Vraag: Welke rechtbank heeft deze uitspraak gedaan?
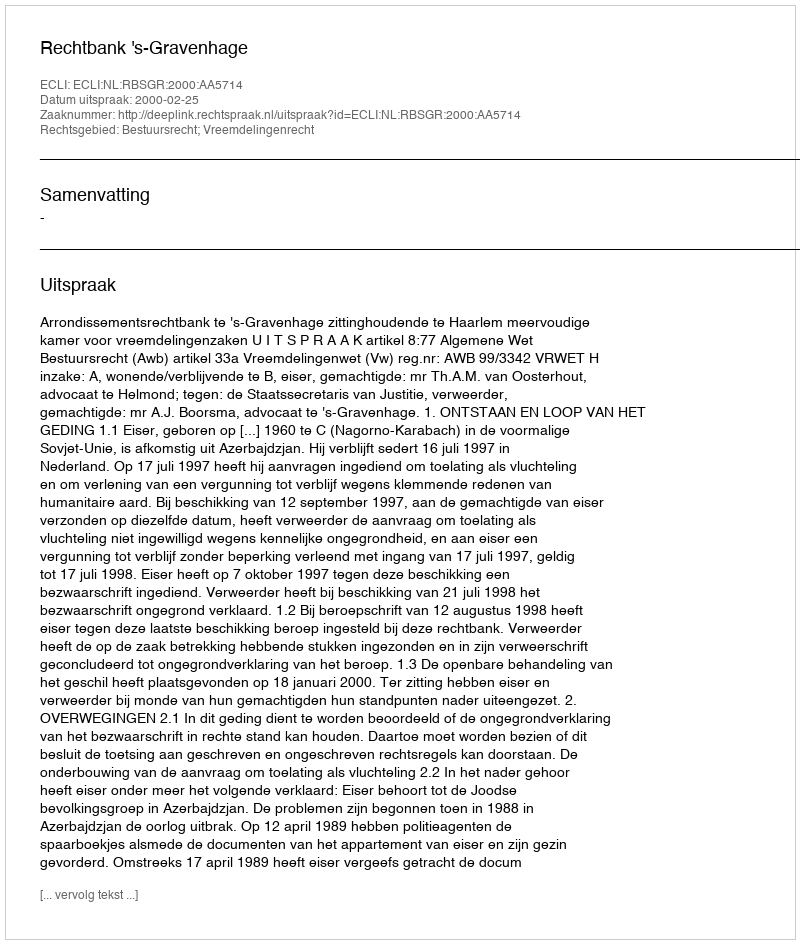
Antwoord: Rechtbank 's-Gravenhage